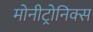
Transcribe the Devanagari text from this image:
मोनीट्रोनिक्स